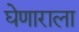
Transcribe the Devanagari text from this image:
घेणाराला